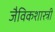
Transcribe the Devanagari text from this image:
जैविकशास्त्री